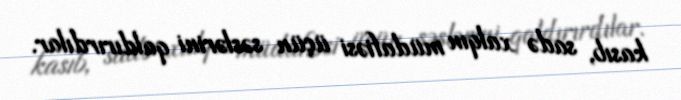
kasıb, sadə xalqın müdafiəsi üçün səslərini qaldırırdılar.